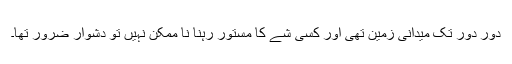
دور دور تک میدانی زمین تھی اور کسی شے کا مستور رہنا نا ممکن نہیں تو دشوار ضرور تھا۔